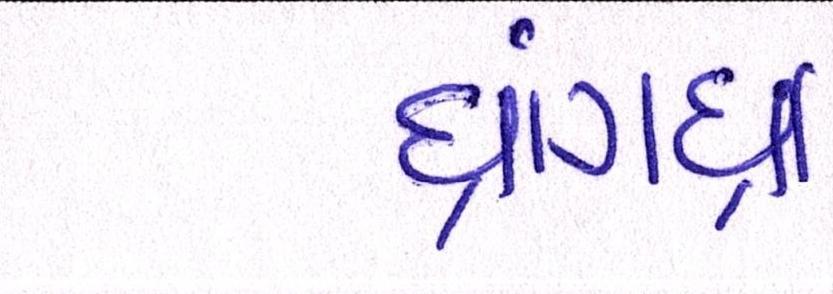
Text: ધ્રાંગધ્રા